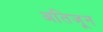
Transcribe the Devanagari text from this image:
अतिजून